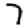
Digit: 7